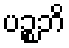
ပဉ္စဘိ